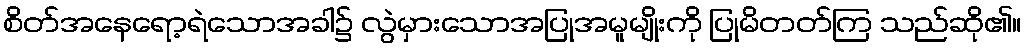
စိတ်အနေရော့ရဲသောအခါ၌ လွဲမှားသောအပြုအမူမျိုးကို ပြုမိတတ်ကြ သည်ဆို၏။